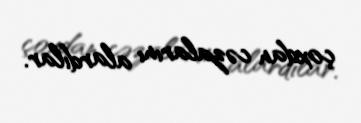
çoxdan cəzalarını alardılar.